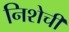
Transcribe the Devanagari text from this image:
निशेची